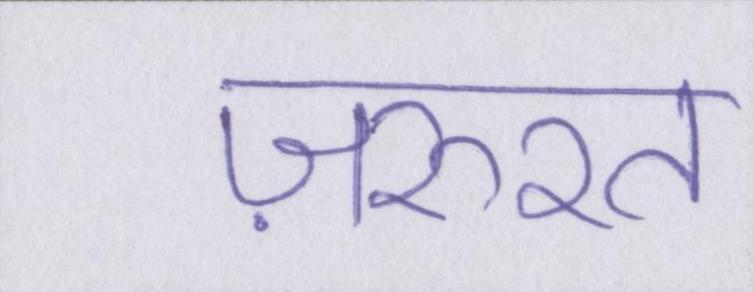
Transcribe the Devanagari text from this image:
ज़रुरत